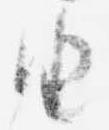
由